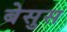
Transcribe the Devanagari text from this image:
बेसुस